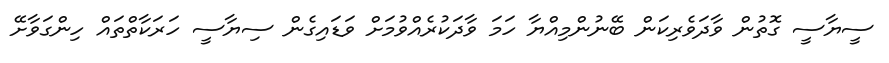
ސީޔާސީ ގޮތުން ވާދަވެރިކަން ބޭނުންމިއްޔާ ހަމަ ވާދަކުރެއްވުމަށް ވަޑައިގެން ސިޔާސީ ހަރަކާތްތައް ހިންގަވާށޭ